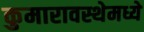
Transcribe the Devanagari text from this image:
कुमारावस्थेमध्ये